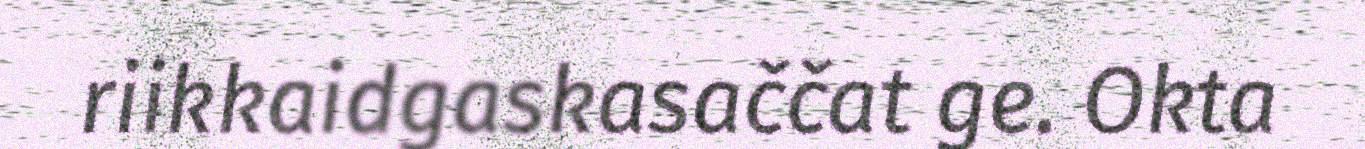
riikkaidgaskasaččat ge. Okta